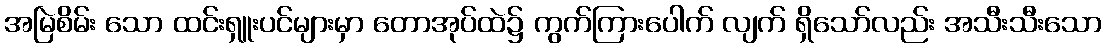
အမြဲစိမ်း သော ထင်းရှူးပင်များမှာ တောအုပ်ထဲ၌ ကွက်ကြားပေါက် လျက် ရှိသော်လည်း အသီးသီးသော